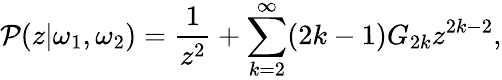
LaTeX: {\cal P}(z|\omega_{1},\omega_{2})=\frac{1}{z^{2}}+\sum_{k=2}^{\infty}(2k-1)G_{2k}z^{2k-2},